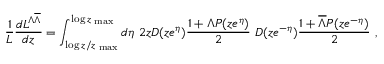
\frac { 1 } { \cal L } \frac { d { \cal L } ^ { \Lambda \overline { { { \Lambda } } } } } { d z } = \int _ { \log z / z _ { \mathrm { \tiny ~ m a x } } } ^ { \log z _ { \mathrm { \tiny ~ m a x } } } d \eta \ 2 z D ( z e ^ { \eta } ) \frac { 1 + \Lambda P ( z e ^ { \eta } ) } { 2 } \ D ( z e ^ { - \eta } ) \frac { 1 + \overline { { { \Lambda } } } P ( z e ^ { - \eta } ) } { 2 } \ ,